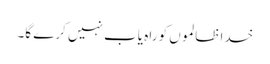
خدا ظالموں کو راہ یاب نہیں کرے گا۔